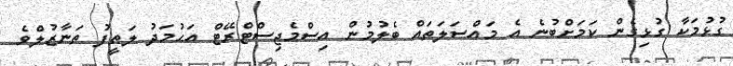
ގުޅުމަކާ ގުޅިގެން ކަމަށްބުނެ އެ މައްސަލަތައް ބެލުމުން އިސްމެޖިސްޓްރޭޓް އަޙުމަދު ލަޠީފު ތަނާޒުލްވެ